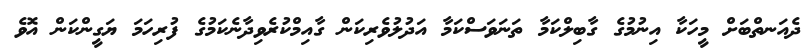
ދެއަނތްބަށް މީހަކާ އިނުމުގެ ގާބިލްކަމާ ތަނަވަސްކަމާ އަދުލުވެރިކަން ގާއިމްކުރެވިދާނެކަމުގެ ފުރިހަމަ ޔަގީންކަން އޮވެ